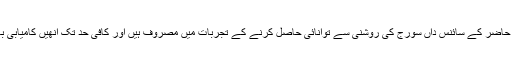
اس حوالے سے عہد حاضر کے سائنس داں سورج کی روشنی سے توانائی حاصل کرنے کے تجربات میں مصروف ہیں اور کافی حد تک انھیں کامیابی بھی حاصل ہوئی ہے۔